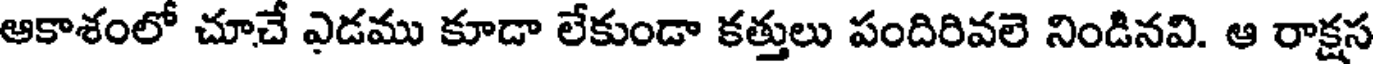
ఆకాశంలో చూచే ఎడము కూడా లేకుండా కత్తులు పందిరివలె నిండినవి. ఆ రాక్షస